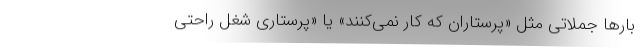
بارها جملاتی مثل «پرستاران که کار نمی‌کنند» یا «پرستاری شغل راحتی